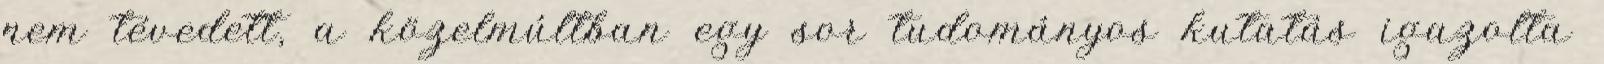
nem tévedett, a közelmúltban egy sor tudományos kutatás igazolta